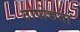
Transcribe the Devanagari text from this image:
तापोच्चता